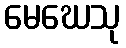
မေဃေသု